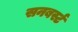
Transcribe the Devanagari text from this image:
सनबर्स्ट